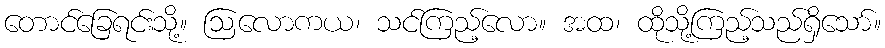
တောင်ခြေရင်းသို့။ ဩလောကယ၊ သင်ကြည့်လော။ အထ၊ ထိုသို့ကြည့်သည်ရှိသော်။